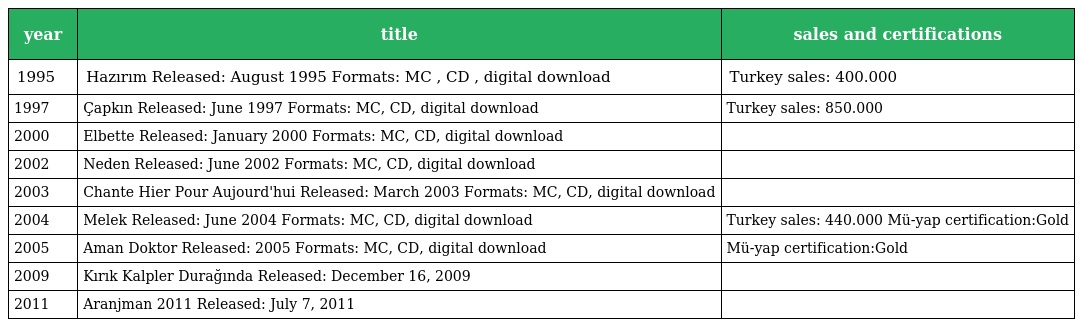
| year | title | sales and certifications |
 | --- | --- | --- |
 | 1995 | Hazırım Released: August 1995 Formats: MC , CD , digital download | Turkey sales: 400.000 |
 | 1997 | Çapkın Released: June 1997 Formats: MC, CD, digital download | Turkey sales: 850.000 |
 | 2000 | Elbette Released: January 2000 Formats: MC, CD, digital download |  |
 | 2002 | Neden Released: June 2002 Formats: MC, CD, digital download |  |
 | 2003 | Chante Hier Pour Aujourd'hui Released: March 2003 Formats: MC, CD, digital download |  |
 | 2004 | Melek Released: June 2004 Formats: MC, CD, digital download | Turkey sales: 440.000 Mü-yap certification:Gold |
 | 2005 | Aman Doktor Released: 2005 Formats: MC, CD, digital download | Mü-yap certification:Gold |
 | 2009 | Kırık Kalpler Durağında Released: December 16, 2009 |  |
 | 2011 | Aranjman 2011 Released: July 7, 2011 |  |